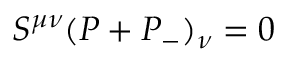
S ^ { \mu \nu } ( P + P _ { - } ) _ { \nu } = 0